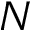
N